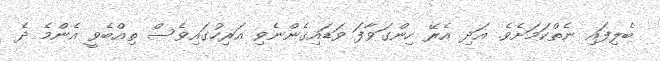
ބެލިފައި ނެތްކަމަށެވެ. އަދި އެރޭ ހިންގަވާފަ ވަޑައިގެންނެވި އަރިހުގައިވެސް ތިއްބެވީ އެންމެ ދެ